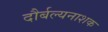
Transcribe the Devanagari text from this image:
दौर्बल्यनाशक